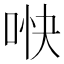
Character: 𫪎